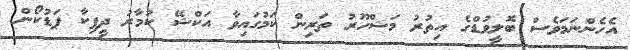
އެހެންނަމަވެސް ބޮލީވުޑްގެ އިތުރު މަޝްހޫރު ތަރިން ކަމުގައިވާ އަކްޝޭ ކުމާރު ދީޕިކާ ޕަޑުކޯން